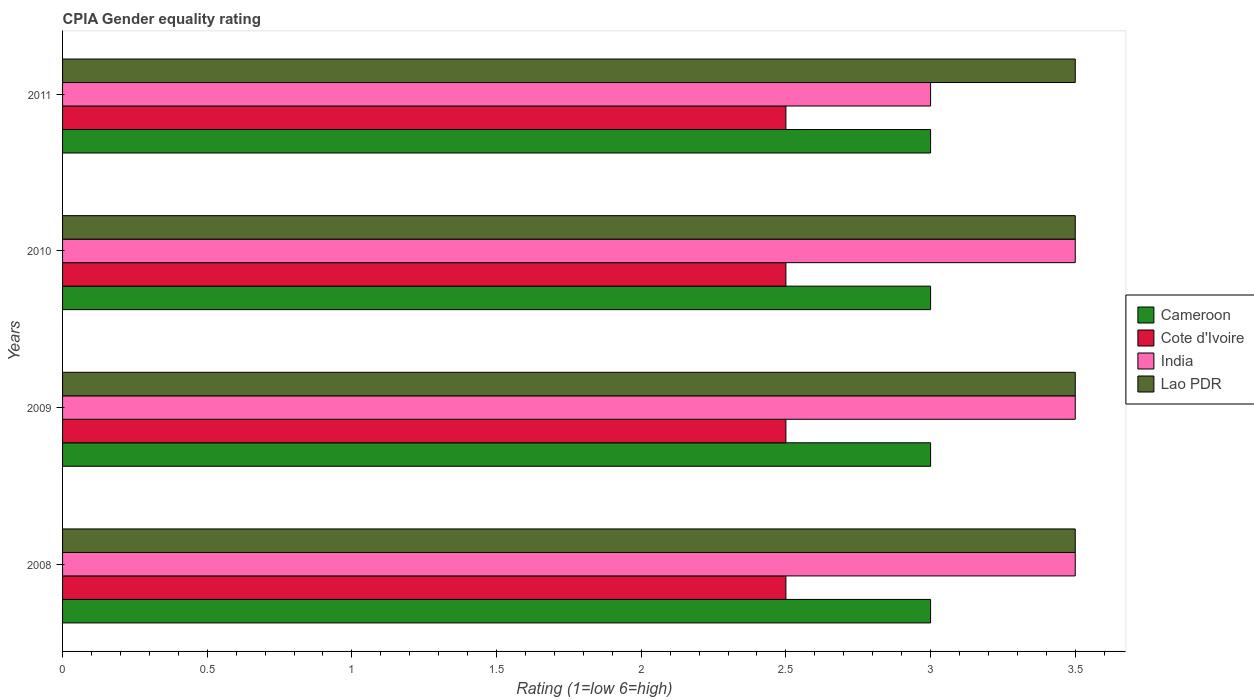
| Years | Cameroon | Cote d'Ivoire | India | Lao PDR |
 | --- | --- | --- | --- | --- |
 | 2008 | 3 | 2.5 | 3.5 | 3.5 |
 | 2009 | 3 | 2.5 | 3.5 | 3.5 |
 | 2010 | 3 | 2.5 | 3.5 | 3.5 |
 | 2011 | 3 | 2.5 | 3 | 3.5 |